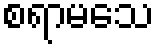
စရာမသေ